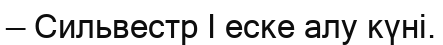
— Сильвестр І еске алу күні.